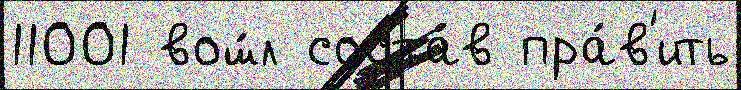
11001 вош́л соста́в пра́в'ить